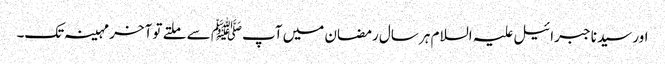
اور سیدنا جبرائیل علیہ السلام ہر سال رمضان میں آپﷺ سے ملتے تو آخر مہینہ تک۔